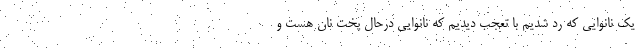
یک نانوایی که رد شدیم با تعجب دیدیم که نانوایی درحال پخت نان هست و